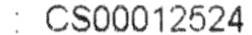
: CS00012524